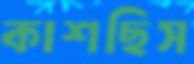
কাশছিস